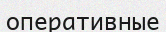
оперативные